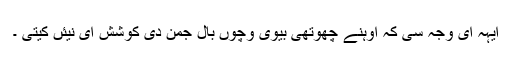
ایہہ ای وجہ سی کہ اوہنے چھوتھی بیوی وچوں بال جمن دی کوشش ای نیئں کیتی ۔